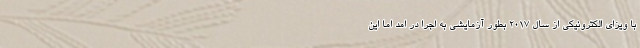
با ویزای الکترونیکی از سال ۲۰۱۷ بطور آزمایشی به اجرا در امد اما این